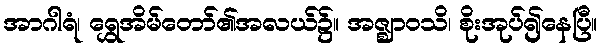
အာဂါရံ၊ ရွှေအိမ်တော်၏အလယ်၌။ အဇ္ဈာဝသိ၊ စိုးအုပ်၍နေပြီ။